Vaccination North-Western Provinces and Oudh 1896-1901 - 1896-1901
Year: 1896
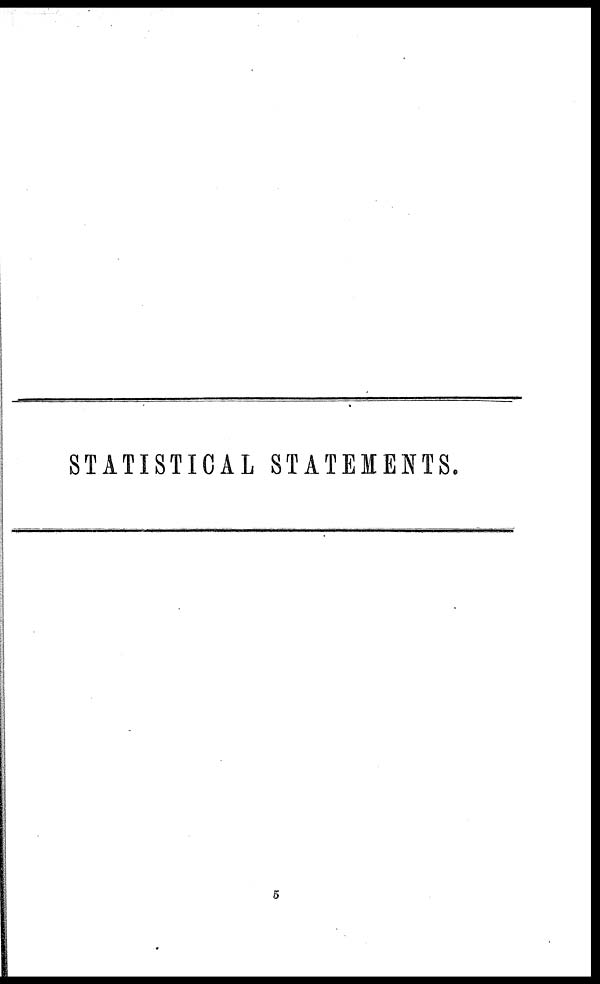
STATISTICAL STATEMENTS.
5